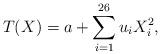
LaTeX: \begin{align*}T(X)=a+\sum_{i=1}^{26}u_iX_i^2, \end{align*}